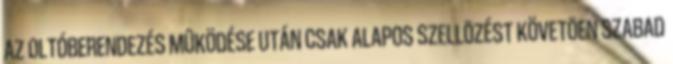
AZ OLTÓBERENDEZÉS MÛKÖDÉSE UTÁN CSAK ALAPOS SZELLÕZÉST KÖVETÕEN SZABAD